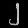
Digit: ၂